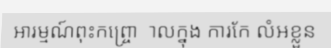
អារម្មណ៍ពុះកព្ច្រោាលក្នុង ការកែ លំអខ្លួន